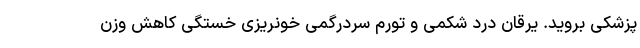
پزشکی بروید. یرقان درد شکمی و تورم سردرگمی خونریزی خستگی کاهش وزن